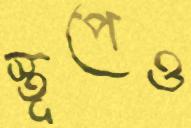
স্তূপেও